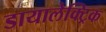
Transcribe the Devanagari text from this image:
डायालेक्ट्रिक